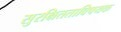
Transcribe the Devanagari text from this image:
सुरक्षितताविषयक